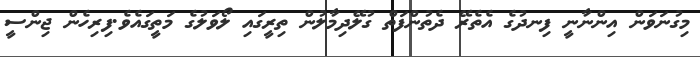
މިގުނަވަން އިންނާނީ ފިނދުގެ އެތެރޭ ދެތުންފަތް ގުލޭދިމާލުން ތިރީގައި ލޯވަލުގެ މަތީގައެވެ.ފިރިހެން ޖިންސީ